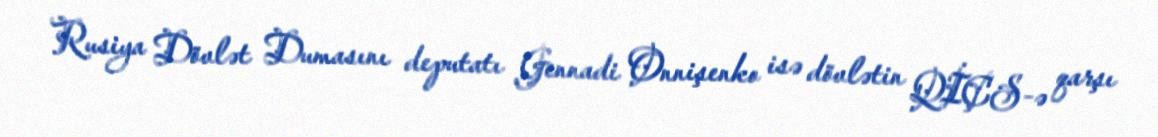
Rusiya Dövlət Dumasını deputatı Gennadi Onnişenko isə dövlətin QİÇS-ə qarşı